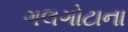
ગલગોટાના